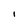
Character: I